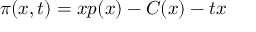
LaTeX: \pi ( x , t ) = x p ( x ) - C ( x ) - t x \quad